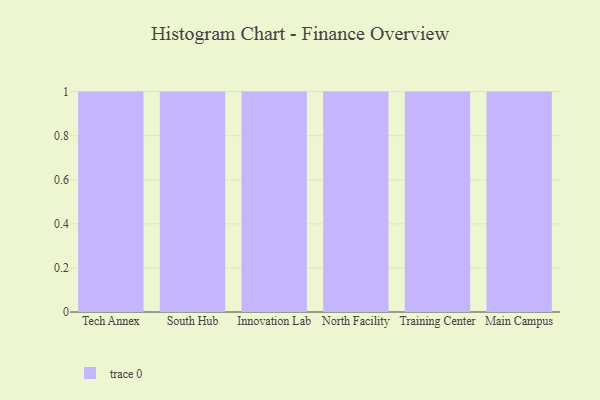
{"axis": {"x": "Campus", "y": "Humidity (%)"}, "legend": [""], "data": [{"x": "Tech Annex", "y": 67, "type": ""}, {"x": "South Hub", "y": 74, "type": ""}, {"x": "Innovation Lab", "y": 96, "type": ""}, {"x": "North Facility", "y": 21, "type": ""}, {"x": "Training Center", "y": 97, "type": ""}, {"x": "Main Campus", "y": 52, "type": ""}]}